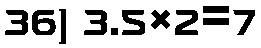
36) 3.5×2=7